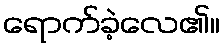
ရောက်ခဲ့လေ၏။